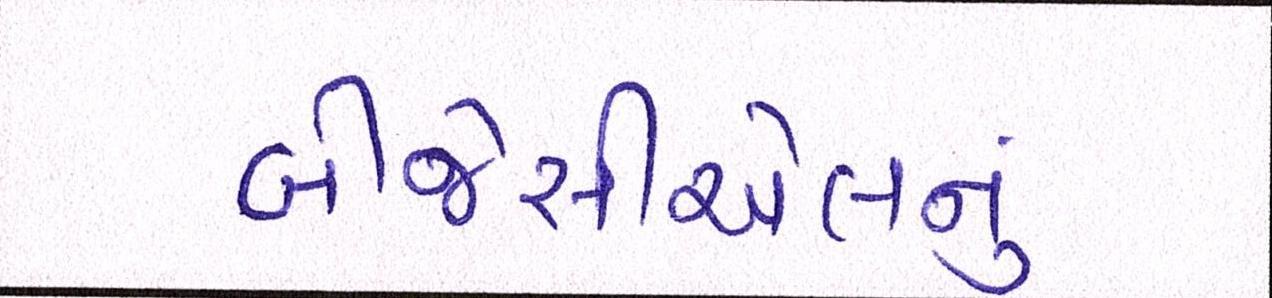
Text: બીજેસીએલનું